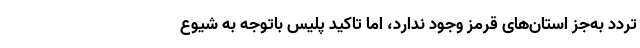
تردد به‌جز استان‌های قرمز وجود ندارد، اما تاکید پلیس باتوجه به شیوع